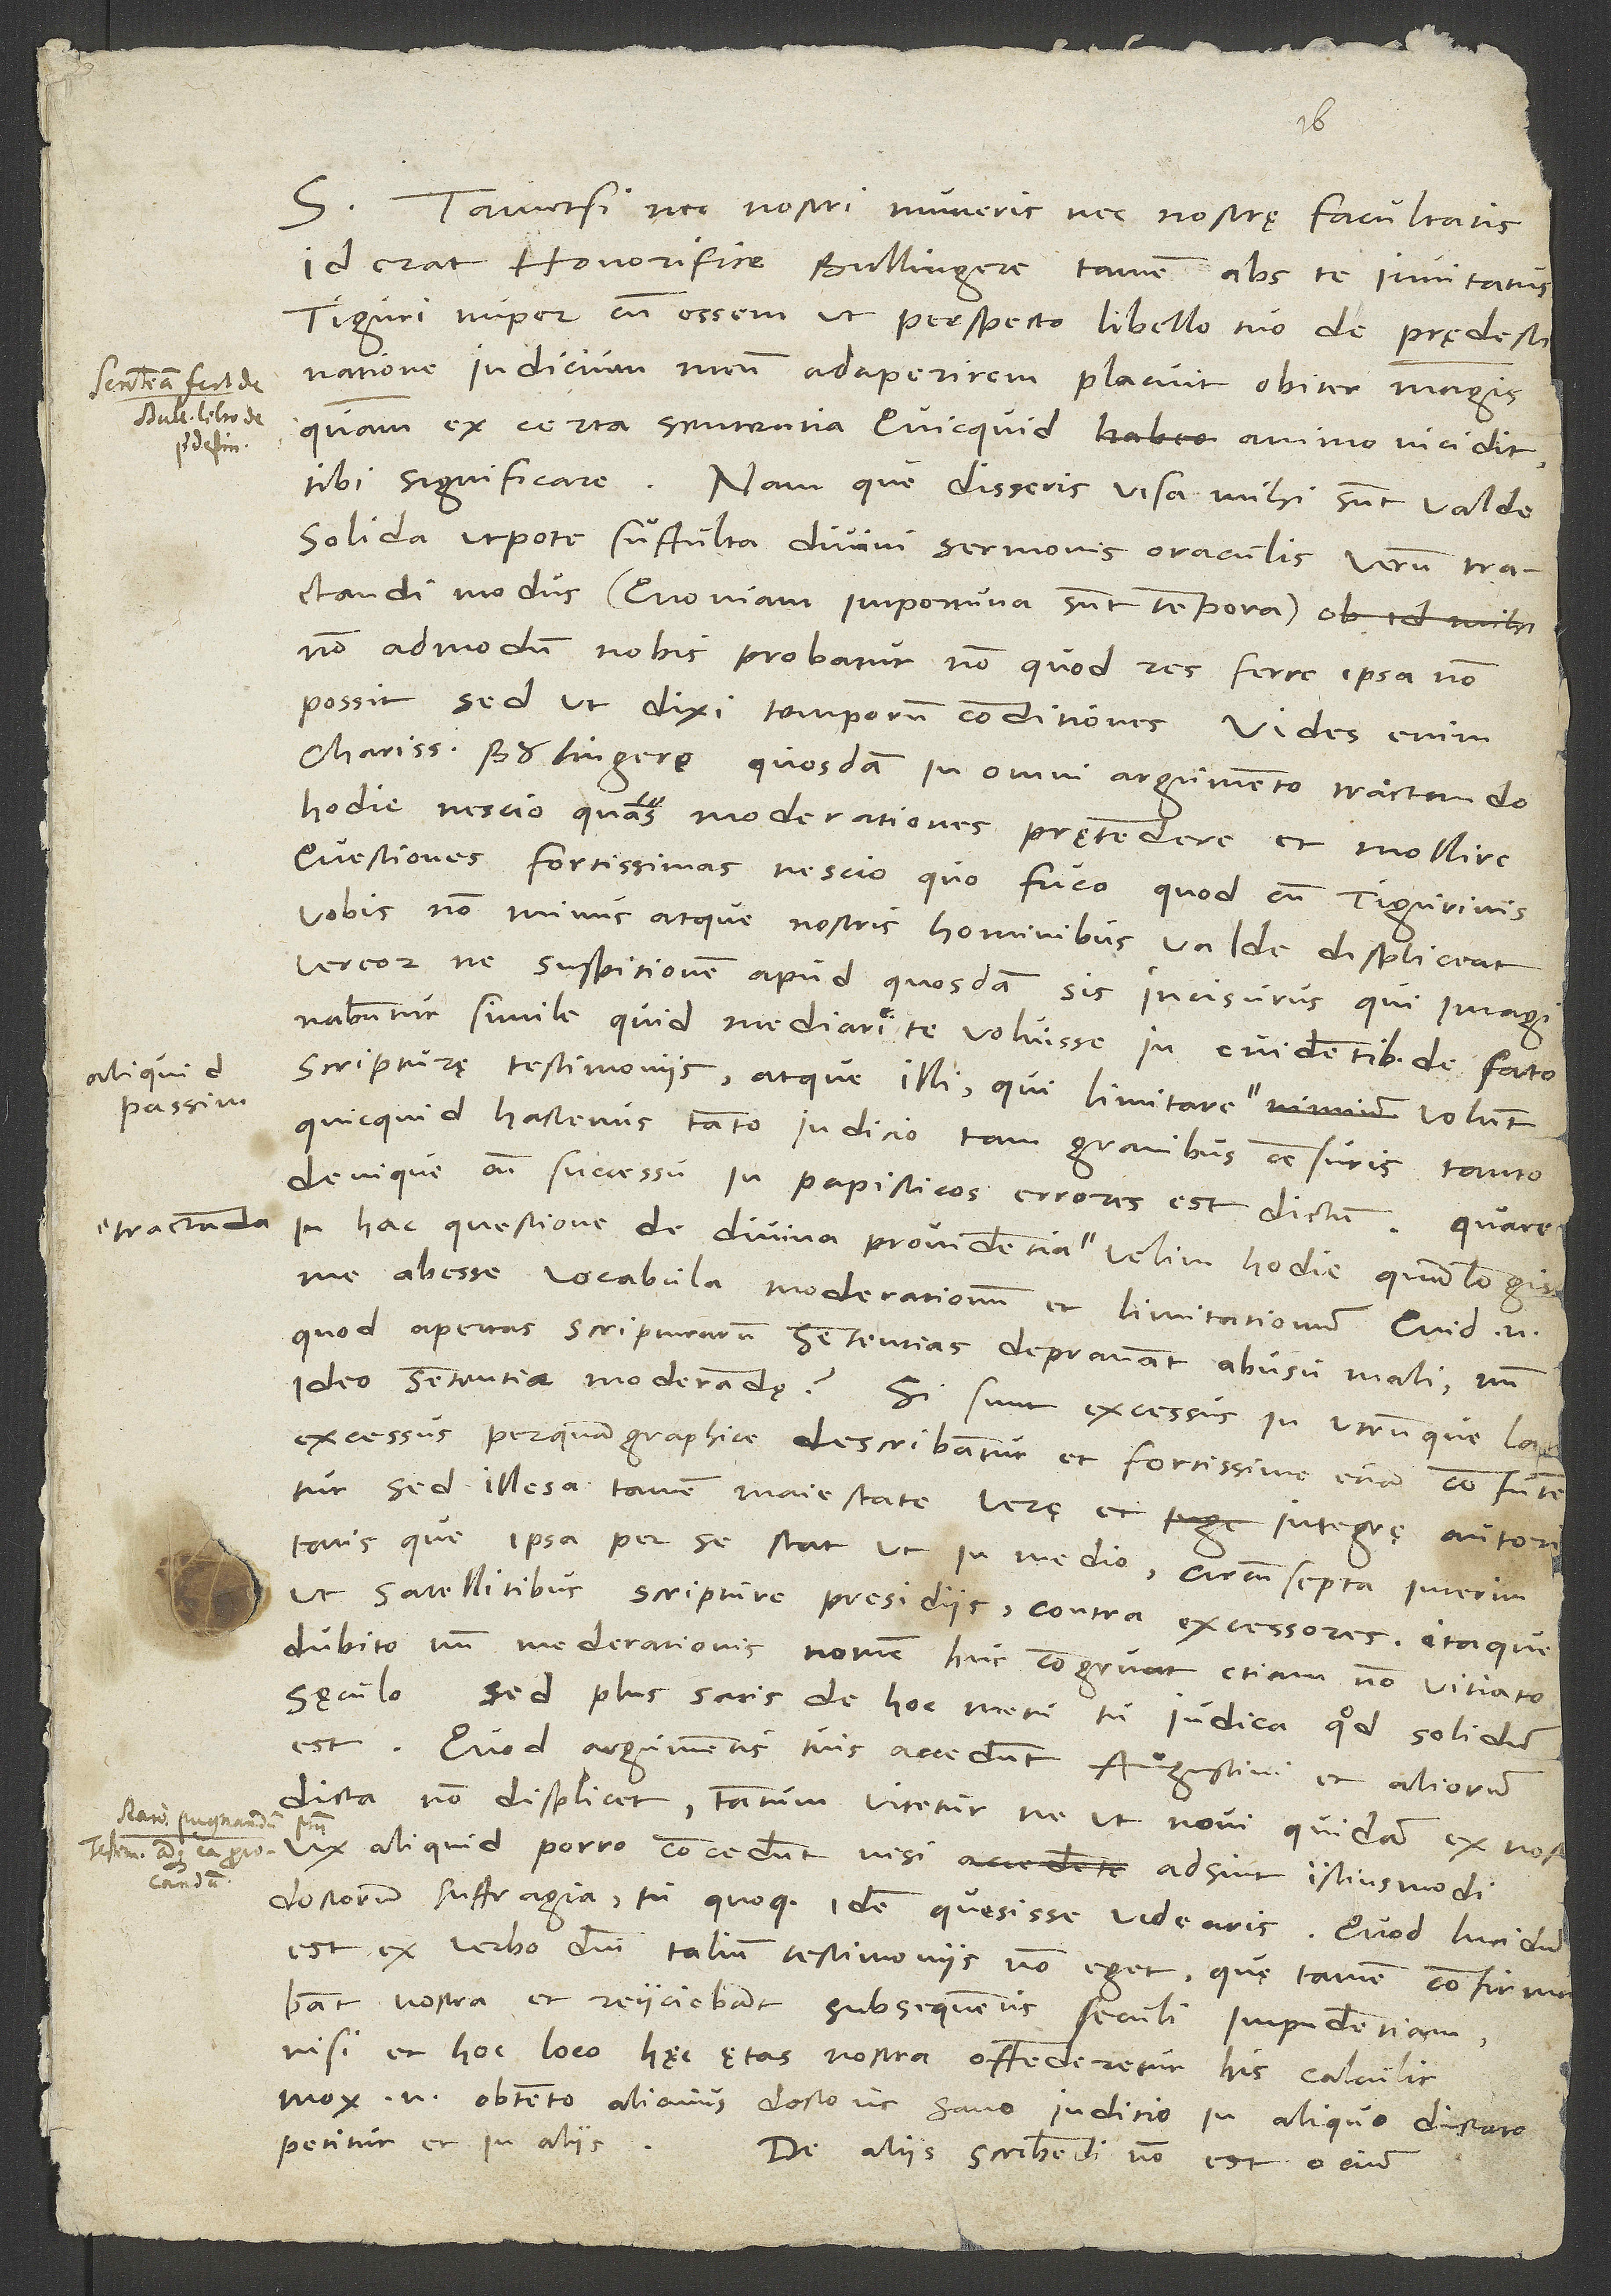
aliquid
passim

16.
Tametsi nec nostri muneris nec nostrę facultatis
id erat, honorifice Bullingere, tamen abs te invitatus,
Tiguri nuper cum essem, ut perspecto libello tuo de prędestinatione
iudicium meum adaperirem, placuit obiter magis
quam ex certa sententia, quicquid animo incidit,
tibi significare. Nam, que dissens, visa mihi sunt valde
solida, utpote suffulta divini sermonis oraculis. Verum tractandi
modus (quoniam importuna sunt tempora)
non admodum nobis probatur, non quod res ferre ipsa non
possit, sed, ut dixi, temporum conditiones. Vides enim,
charissime Boulingere, quosdam in omni argumento tractando
hodie nescio quas moderationes prętendere et mollire
questiones fortissimas nescio quo fuco. Quod cum Tigurinis
vobis non minus atque nostris hominibus valde displiceat,
vereor, ne suspitionem apud quosdarn sis incisurus, qui imaginabuntur
simile quid median te voluisse in evidentibus de fato
scripturę testimoniis, atque illi, qui limitare
quicquid hactenus tanto iudicio, tam gravibus censuris, tanto
denique cum successu in papisticos errores est dictum. Quare
in hac questione de divina providentia tractanda velim hodie quam longis,
excessus perquam graphice describantur et fortissime etiam confutentur,
sed illesa tamen maiestate verę et integrae autoritatis,
que ipsa per se stat ut in medio, circumsepta interim
ut satellitibus scripture presidiis contra excessores. Itaque
dubito, num moderationis nomen huc congruat etiam non vitiato
sęculo. Sed plus satis de hoc metu. Tu judica, quod solidum
est. Quod argumentis tuis accedunt Augustini et aliorum
dicta, non displicet. Tantum vitetur, ne, ut novi quidam ex nost
vix aliquid porro concedunt, nisi adsint istiusmodi
doctorum suffragia, tu quoque idem quesisse videaris. Quod lucidum
est ex verbo domini, talium testimoniis non eget, quę tamen confirmabant
nostra et reiiciebant subsequentis seculi impudentiam,
nisi et hoc loco hec etas nostra offenderetur his calculis.
Mox enim obtento alicuius doctoris sano iudicio in aliquo dictato
petitur et in aliis.
De aliis scribendi non est ocium.